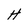
Character: H